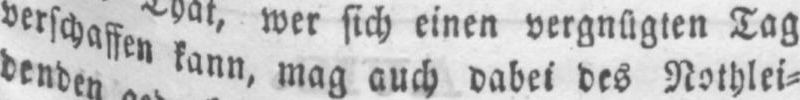
verschaffen kann, mag auch dabei des Nothlei⸗